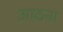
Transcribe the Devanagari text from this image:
आठना